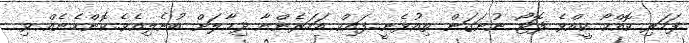
ފަހަރި ކޮއްކޯ ކީއްވެ ފޮޓޯ ނުނަގަން ތިއުޅެނީ..ފައިކް އަހަރެންނާ ދިމާލަށް ބުނެލިއެވެ..ކޮންހެނެއް ވި